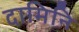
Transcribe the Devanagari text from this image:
दामिनि